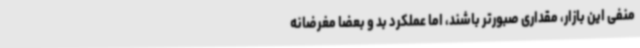
منفی این بازار، مقداری صبورتر باشند، اما عملکرد بد و بعضا مغرضانه